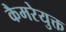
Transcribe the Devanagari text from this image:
कैमरेयुक्त